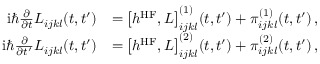
\begin{array} { r l } { \mathrm { i } \hbar \frac { \partial } { \partial t } L _ { i j k l } ( t , t ^ { \prime } ) } & { = \big [ h ^ { \mathrm { H F } } , L \big ] _ { i j k l } ^ { ( 1 ) } ( t , t ^ { \prime } ) + \pi _ { i j k l } ^ { ( 1 ) } ( t , t ^ { \prime } ) \, , \; } \\ { \mathrm { i } \hbar \frac { \partial } { \partial t ^ { \prime } } L _ { i j k l } ( t , t ^ { \prime } ) } & { = \big [ h ^ { \mathrm { H F } } , L \big ] _ { i j k l } ^ { ( 2 ) } ( t , t ^ { \prime } ) + \pi _ { i j k l } ^ { ( 2 ) } ( t , t ^ { \prime } ) \, , \; \: } \end{array}